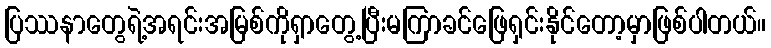
ပြဿနာတွေရဲ့အရင်းအမြစ်ကိုရှာတွေ့ပြီးမကြာခင်ဖြေရှင်းနိုင်တော့မှာဖြစ်ပါတယ်။